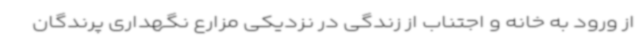
از ورود به خانه و اجتناب از زندگی در نزدیکی مزارع نگهداری پرندگان